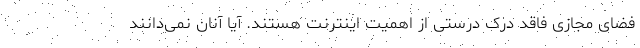
فضای مجازی فاقد درک درستی از اهمیت اینترنت هستند. آیا آنان نمی‌دانند